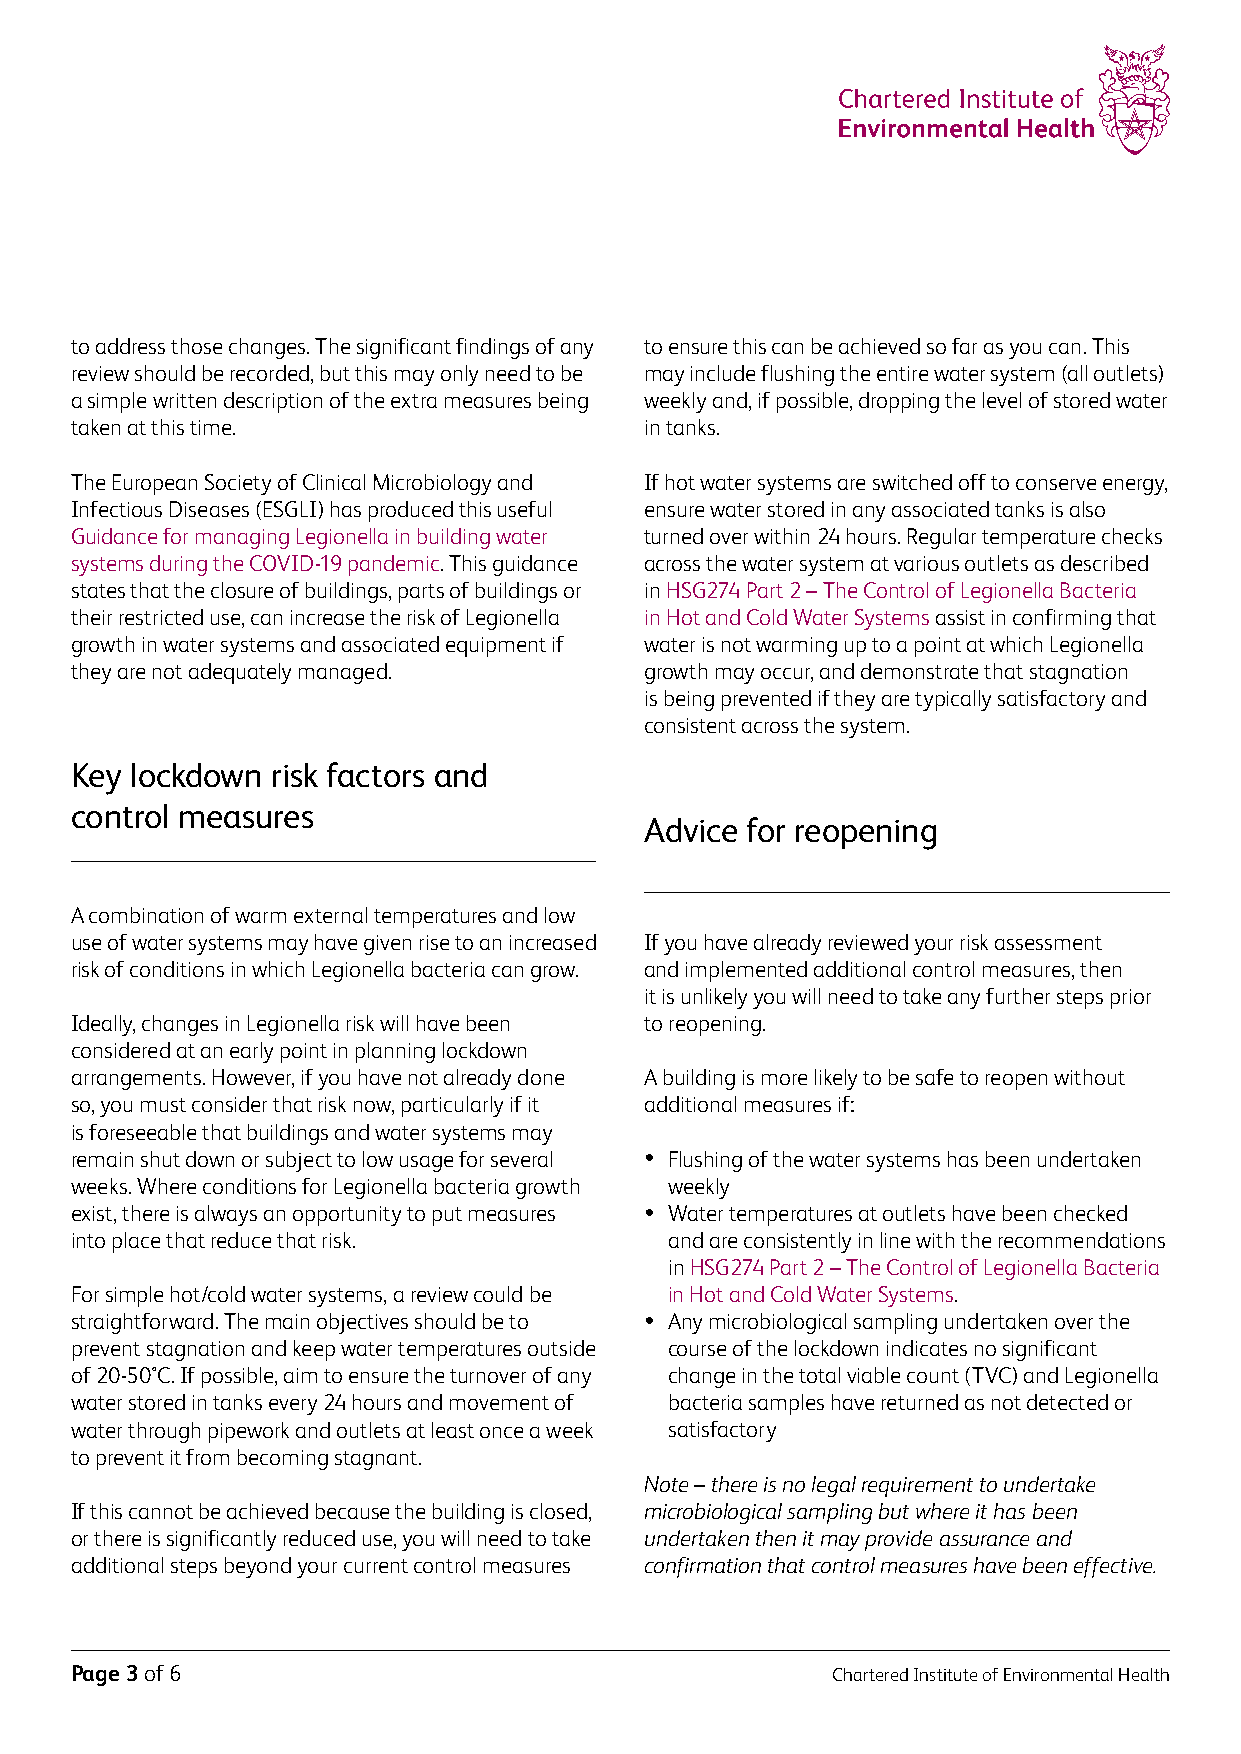
to address those changes. The significant findings of any to ensure this can be achieved so far as you can. This
 review should be recorded, but this may only need to be may include flushing the entire water system (all outlets)
 a simple written description of the extra measures being weekly and, if possible, dropping the level of stored water
 taken at this time.                   in tanks.
 The European Society of Clinical Microbiology and If hot water systems are switched off to conserve energy,
 Infectious Diseases (ESGLI) has produced this useful ensure water stored in any associated tanks is also
 Guidance for managing Legionella in building water turned over within 24 hours. Regular temperature checks
 systems during the COVID-19 pandemic. This guidance across the water system at various outlets as described
 states that the closure of buildings, parts of buildings or in HSG274 Part 2 – The Control of Legionella Bacteria
 their restricted use, can increase the risk of Legionella in Hot and Cold Water Systems assist in confirming that
 growth in water systems and associated equipment if water is not warming up to a point at which Legionella
 they are not adequately managed.      growth may occur, and demonstrate that stagnation
 is being prevented if they are typically satisfactory and
 consistent across the system.
 Key lockdown risk factors and
 control measures
 Advice for reopening
 A combination of warm external temperatures and low
 use of water systems may have given rise to an increased If you have already reviewed your risk assessment
 risk of conditions in which Legionella bacteria can grow. and implemented additional control measures, then
 it is unlikely you will need to take any further steps prior
 Ideally, changes in Legionella risk will have been to reopening.
 considered at an early point in planning lockdown
 arrangements. However, if you have not already done A building is more likely to be safe to reopen without
 so, you must consider that risk now, particularly if it additional measures if:
 is foreseeable that buildings and water systems may
 remain shut down or subject to low usage for several • Flushing of the water systems has been undertaken
 weeks. Where conditions for Legionella bacteria growth weekly
 exist, there is always an opportunity to put measures • Water temperatures at outlets have been checked
 into place that reduce that risk.      and are consistently in line with the recommendations
 in HSG274 Part 2 – The Control of Legionella Bacteria
 For simple hot/cold water systems, a review could be in Hot and Cold Water Systems.
 straightforward. The main objectives should be to • Any microbiological sampling undertaken over the
 prevent stagnation and keep water temperatures outside course of the lockdown indicates no significant
 of 20-50°C. If possible, aim to ensure the turnover of any change in the total viable count (TVC) and Legionella
 water stored in tanks every 24 hours and movement of bacteria samples have returned as not detected or
 water through pipework and outlets at least once a week satisfactory
 to prevent it from becoming stagnant.
 Note – there is no legal requirement to undertake
 If this cannot be achieved because the building is closed, microbiological sampling but where it has been
 or there is significantly reduced use, you will need to take undertaken then it may provide assurance and
 additional steps beyond your current control measures confirmation that control measures have been effective.
 Page 3 of 6                                       Chartered Institute of Environmental Health